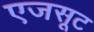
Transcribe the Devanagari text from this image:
एजसूट